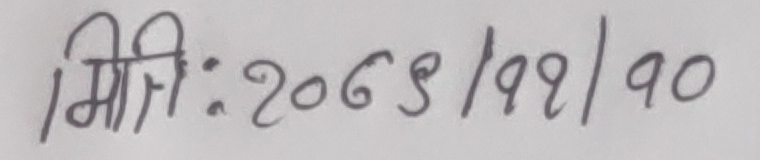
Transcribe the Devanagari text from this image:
मिति: २०७९/१२/१०